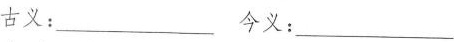
古义：___今义：___